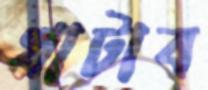
খাটাব